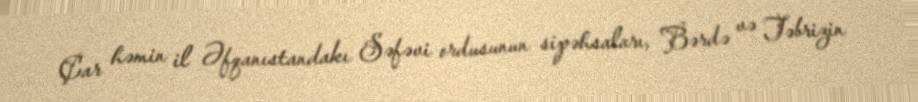
Çar həmin il Əfqanıstandakı Səfəvi ordusunun sipəhsaları, Bərdə və Təbrizin